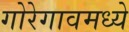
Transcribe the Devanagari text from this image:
गोरेगावमध्ये